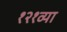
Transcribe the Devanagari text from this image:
१२१व्या